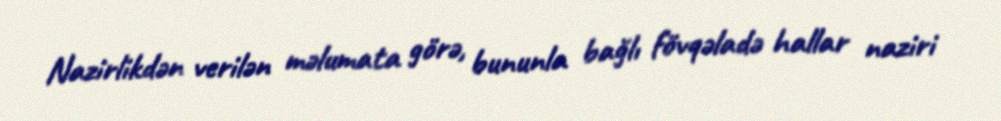
Nazirlikdən verilən məlumata görə, bununla bağlı fövqəladə hallar naziri